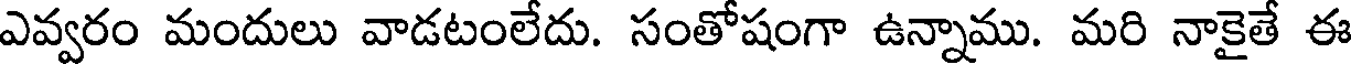
ఎవ్వరం మందులు వాడటంలేదు. సంతోషంగా ఉన్నాము. మరి నాకైతే ఈ